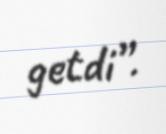
getdi”.